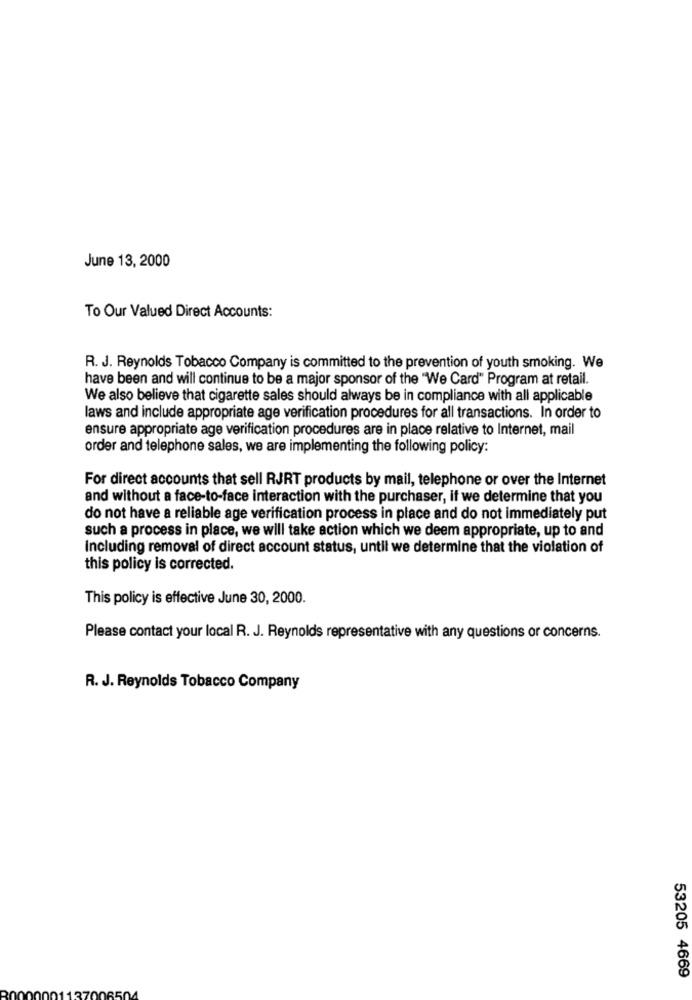
June 13, 2000
To Our Valued Direct Accounts:
R. J. Reynolds Tobacco Company is committed to the prevention of youth smoking. We
have been and will continue to be a major sponsor of the "We Card" Program at retail.
We also believe that cigarette sales should always be in compliance with all applicable
laws and include appropriate age verification procedures for all transactions. In order to
ensure appropriate age verification procedures are in place relative to Internet, mail
order and telephone sales, we are implementing the following policy:
For direct accounts that sell RJRT products by mail, telephone or over the Internet
and without a face-to-face interaction with the purchaser, if we determine that you
do not have a reliable age verification process in place and do not immediately put
such a process in place, we will take action which we deem appropriate, up to and
Including removal of direct account status, until we determine that the violation of
this policy is corrected.
This policy is effective June 30, 2000.
Please contact your local R. J. Reynolds representative with any questions or concerns.
R. J. Reynolds Tobacco Company
53205 4669